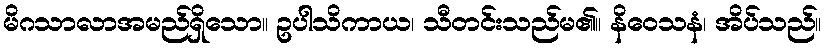
မိဂသာလာအမည်ရှိသော။ ဥပါသိကာယ၊ သီတင်းသည်မ၏။ နိဝေသနံ၊ အိပ်သည်။